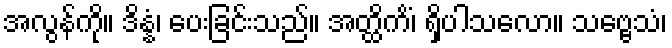
အလွန်ကို။ ဒိန္နံ၊ ပေးခြင်းသည်။ အတ္ထိကိံ၊ ရှိပါသလော။ သဗ္ဗေသံ၊